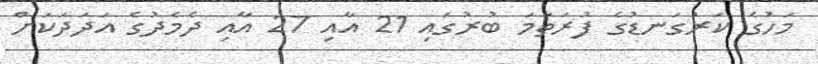
މަހުގެ ކަރުގަނޑުގެ ފުރަތަމަ ބުރުގައި 21 އާއި 27 އާއި ދެމެދުގެ އަދަދަކަށް